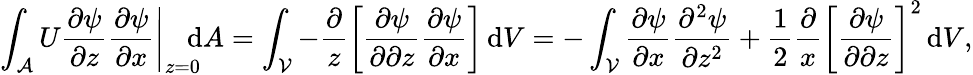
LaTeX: \int_{\mathcal{A}}U\left.\frac{\partial\psi}{\partial z}\frac{\partial\psi}{\partial x}\right|_{z=0}\! \! \! \! \, \textrm{d}A=\int_{\mathcal{V}}-\frac{\partial}{z}\left[\frac{\partial\psi}{\partial\partial z}\frac{\partial\psi}{\partial x}\right]\, \textrm{d}V=-\int_{\mathcal{V}}\frac{\partial\psi}{\partial x}\frac{\partial^{2}\psi}{\partial z^{2}}+\frac{1}{2}\frac{\partial}{x}\left[\frac{\partial\psi}{\partial\partial z}\right]^{2}\, \textrm{d}V,